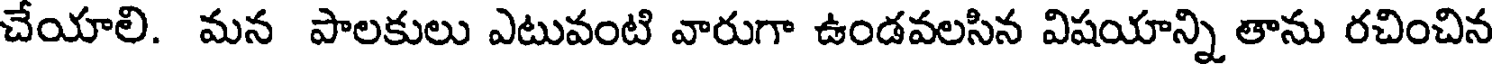
చేయాలి. మన పాలకులు ఎటువంటి వారుగా ఉండవలసిన విషయాన్ని తాను రచించిన